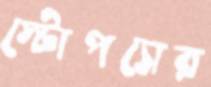
স্টোপসের